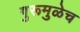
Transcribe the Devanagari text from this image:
गुरूमुळेच